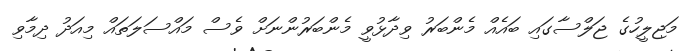
މަޖިލީހުގެ ޖަލްސާގައި ބައެއް މެންބަރު ވިދާޅުވީ މެންބަރުންނަށް ވެސް މައްސަލަތައް މިއަދު ދިމާވި